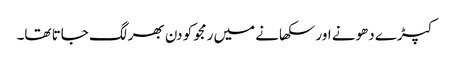
کپڑے دھونے اور سکھانے میں رمجو کو دن بھر لگ جاتا تھا۔